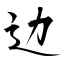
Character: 边